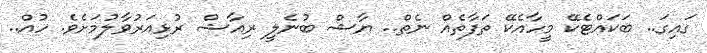
ގައިގަ.. ބަކައްޓެކޭ މީހާއެކޭ ތަފާތެއް ނެތް.. ޔާޝް ބުނެލީ ރިއާޝް ރުޅިއަރުވާލުމަށެވެ. ހުއް..